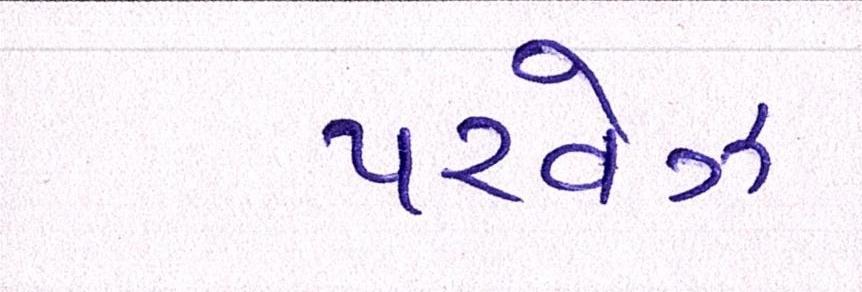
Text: પરવેઝ